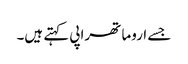
جسے اروما تھراپی کہتے ہیں۔